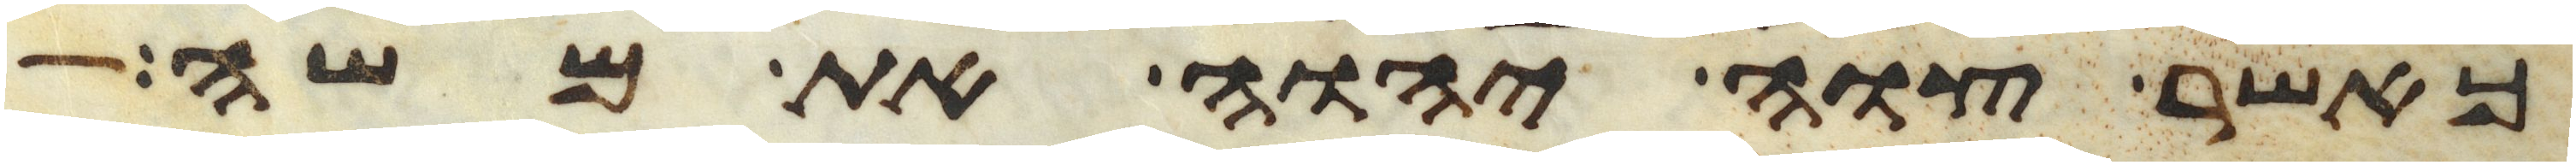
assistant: כאשר צוה יהוה את משה